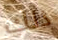
ذلك